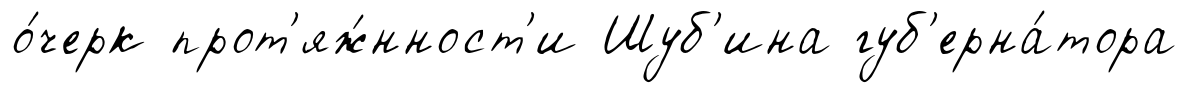
о́черк прот'яж́нност'и Шуб'ина губ'ерна́тора